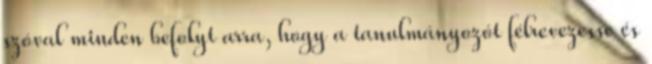
szóval minden befolyt arra, hogy a tanulmányozót félrevezesse és